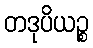
တဒုပိယဉ္စ